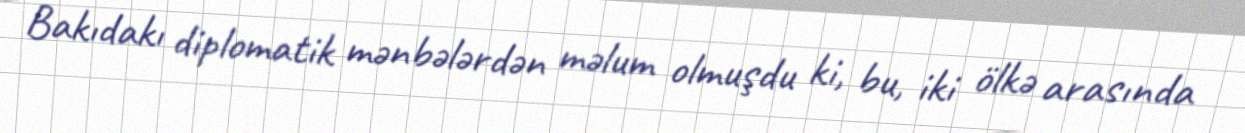
Bakıdakı diplomatik mənbələrdən məlum olmuşdu ki, bu, iki ölkə arasında